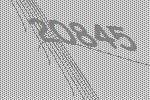
20845